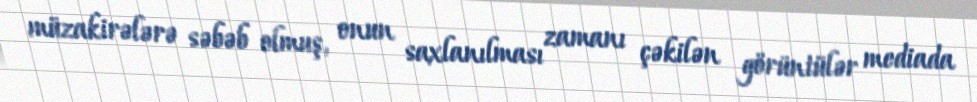
müzakirələrə səbəb olmuş, onun saxlanılması zamanı çəkilən görüntülər mediada